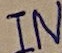
Text: IN